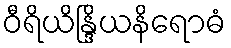
ဝီရိယိန္ဒြိယနိရောဓံ